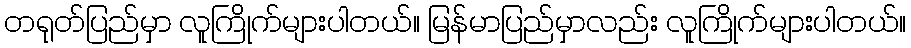
တရုတ်ပြည်မှာ လူကြိုက်များပါတယ်။ မြန်မာပြည်မှာလည်း လူကြိုက်များပါတယ်။